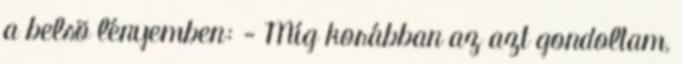
a belsõ lényemben: - Míg korábban az azt gondoltam,